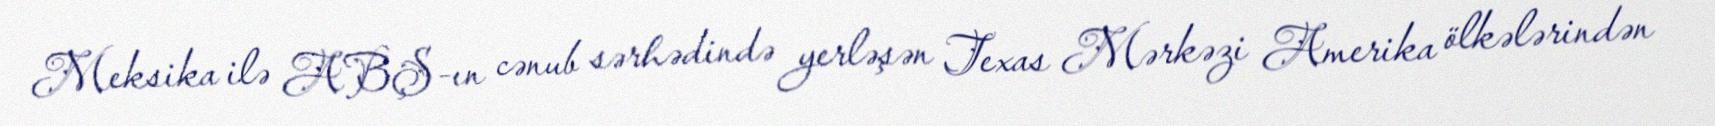
Meksika ilə ABŞ-ın cənub sərhədində yerləşən Texas Mərkəzi Amerika ölkələrindən